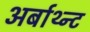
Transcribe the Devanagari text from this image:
अर्बाथ्न्ट